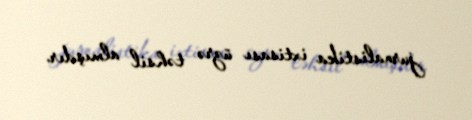
jurnalistika ixtisası üzrə təhsil almışdır.